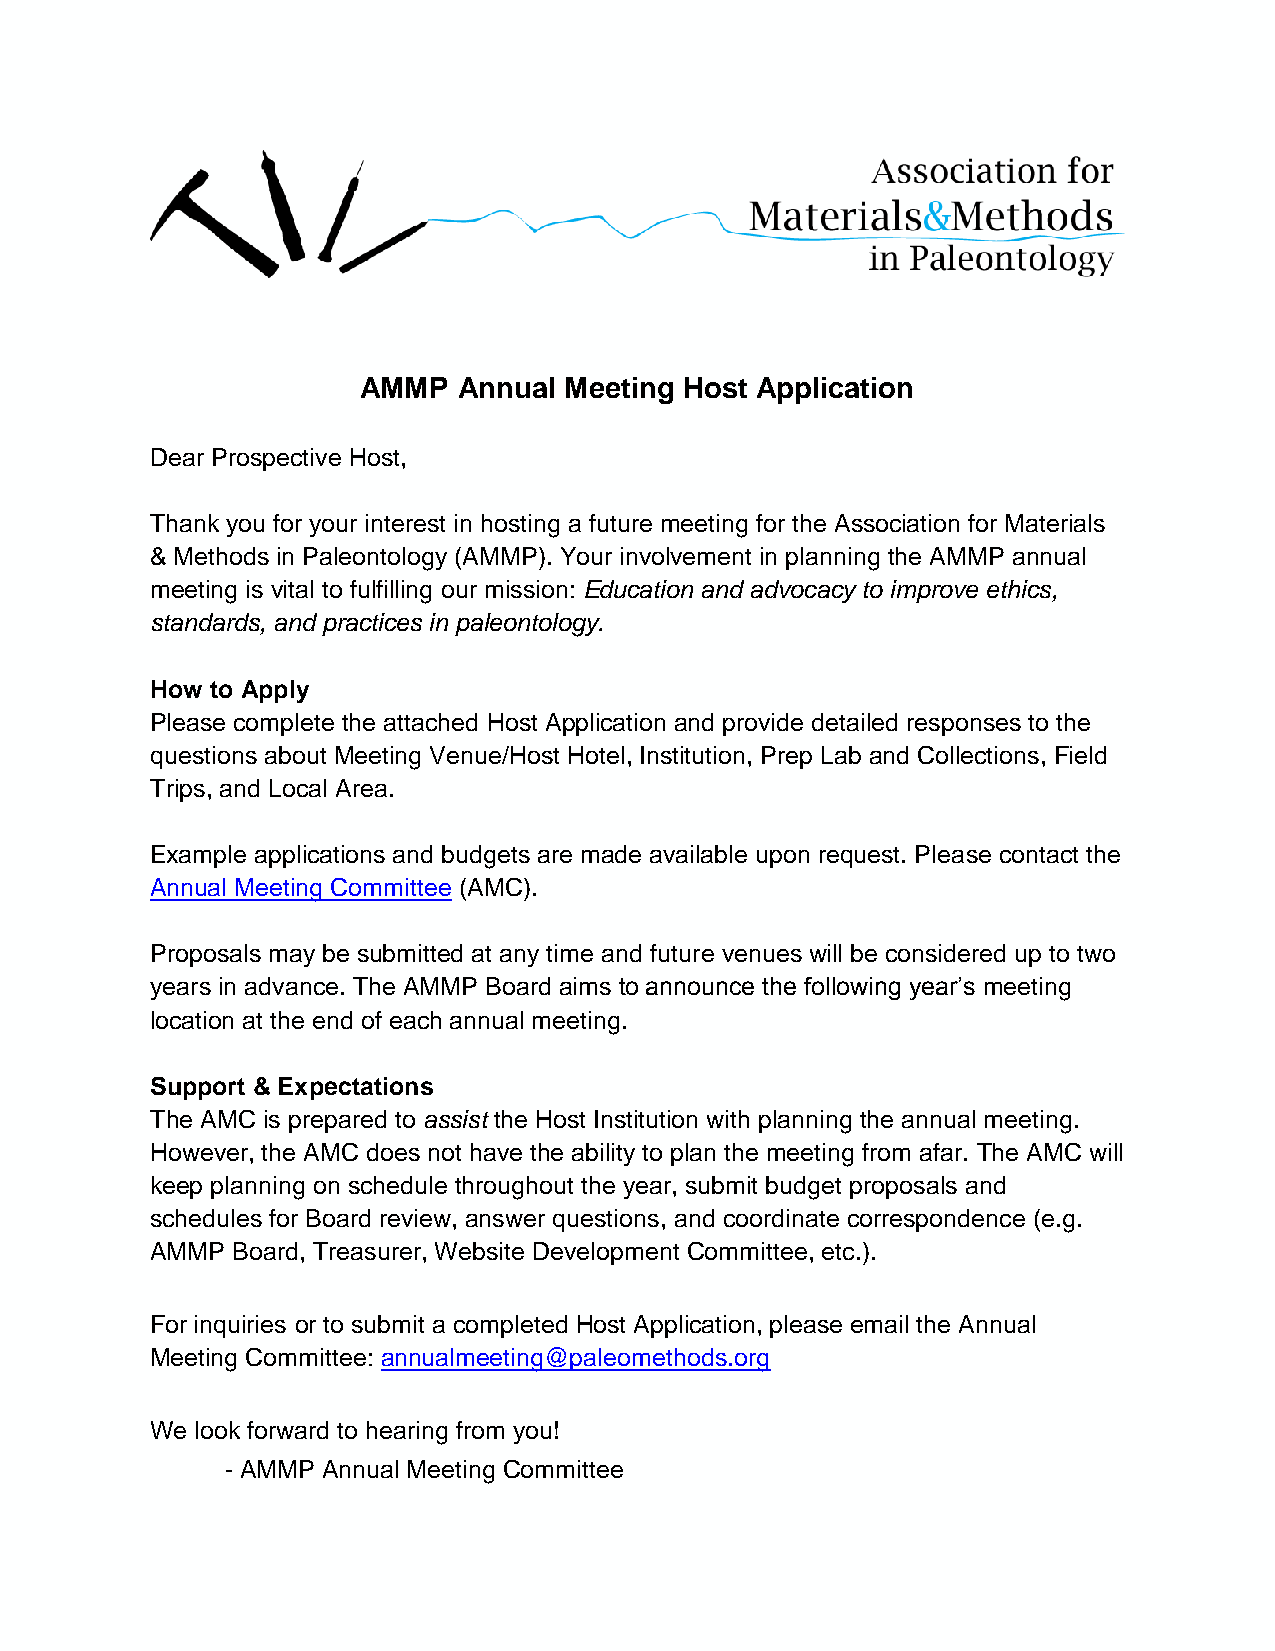
AMMP  Annual Meeting Host Application
 Dear Prospective Host,
 Thank you for your interest in hosting a future meeting for the Association for Materials
 & Methods in Paleontology (AMMP). Your involvement in planning the AMMP annual
 meeting is vital to fulfilling our mission: Education and advocacy to improve ethics,
 standards, and practices in paleontology.
 How to Apply
 Please complete the attached Host Application and provide detailed responses to the
 questions about Meeting Venue/Host Hotel, Institution, Prep Lab and Collections, Field
 Trips, and Local Area.
 Example applications and budgets are made available upon request. Please contact the
 Annual Meeting Committee (AMC).
 Proposals may be submitted at any time and future venues will be considered up to two
 years in advance. The AMMP Board aims to announce the following year’s meeting
 location at the end of each annual meeting.
 Support & Expectations
 The AMC is prepared to assist the Host Institution with planning the annual meeting.
 However, the AMC does not have the ability to plan the meeting from afar. The AMC will
 keep planning on schedule throughout the year, submit budget proposals and
 schedules for Board review, answer questions, and coordinate correspondence (e.g.
 AMMP Board, Treasurer, Website Development Committee, etc.).
 For inquiries or to submit a completed Host Application, please email the Annual
 Meeting Committee: annualmeeting@paleomethods.org
 We look forward to hearing from you!
 - AMMP Annual Meeting Committee